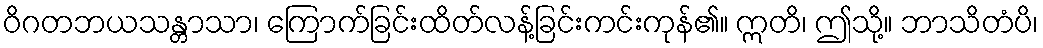
ဝိဂတဘယသန္တာသာ၊ ကြောက်ခြင်းထိတ်လန့်ခြင်းကင်းကုန်၏။ ဣတိ၊ ဤသို့။ ဘာသိတံပိ၊